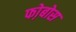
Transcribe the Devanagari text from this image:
फो़बोस